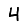
Digit: 4